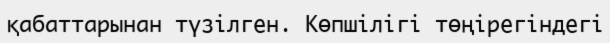
қабаттарынан түзілген. Көпшілігі төңірегіндегі